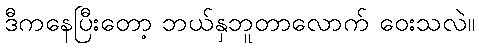
ဒီကနေပြီးတော့ ဘယ်နှဘူတာလောက် ဝေးသလဲ။